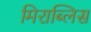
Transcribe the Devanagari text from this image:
मिराब्लिस